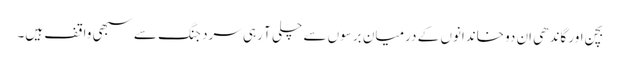
بچن اور گاندھی اِن دو خاندانوں کے درمیان برسوں سے چلی آ رہی سرد جنگ سے سبھی واقف ہیں۔